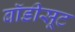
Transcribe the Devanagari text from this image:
बॉडीसूट